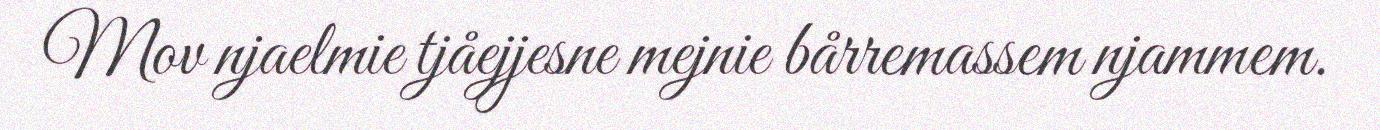
Mov njaelmie tjåejjesne mejnie bårremassem njammem.